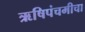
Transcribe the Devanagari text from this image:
ऋषिपंचमीचा